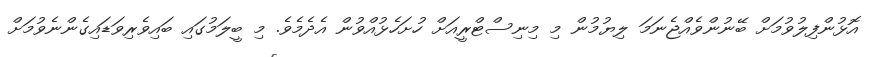
އޮޅުންފިލުވުމަށް ބޭނުންވެއްޖެނަމަ ލިޔުމުން މި މިނިސްޓްރީއަށް ހުށަހެޅުއްވުން އެދެމެވެ. މި ބީލަމުގައި ބައިވެރިވަޑައިގެންނެވުމަށް